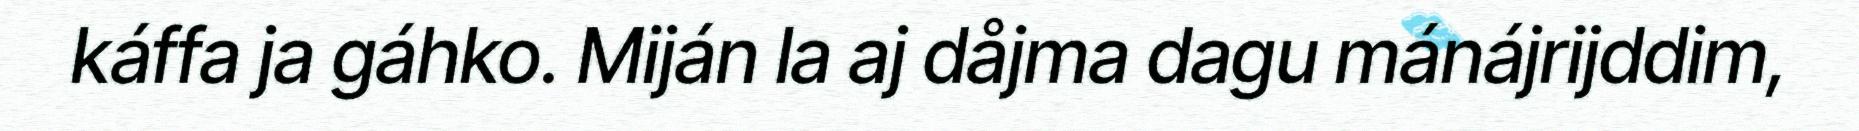
káffa ja gáhko. Miján la aj dåjma dagu mánájrijddim,